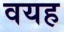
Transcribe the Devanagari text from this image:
वयह